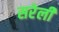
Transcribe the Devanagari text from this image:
सरेली